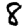
Digit: 8